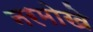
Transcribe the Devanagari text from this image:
नरमोखे